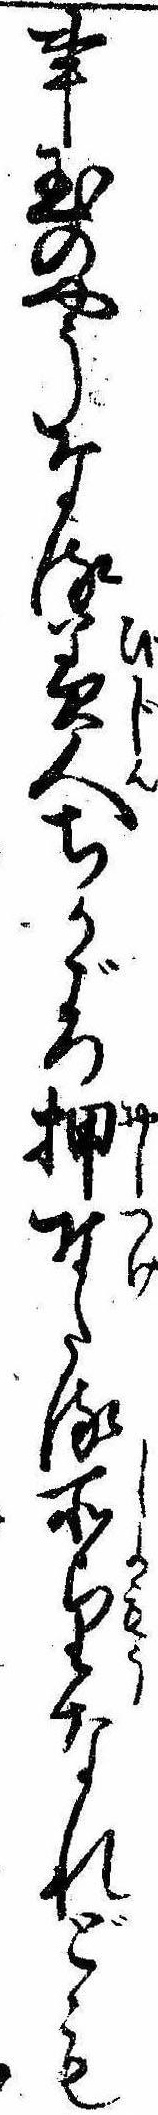
事玉のやうなる美人ちかごろ押付たる所望なれども